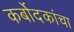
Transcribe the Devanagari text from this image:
कर्बोदकांचा